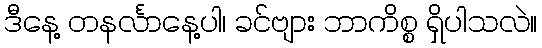
ဒီနေ့ တနင်္လာနေ့ပါ၊ ခင်ဗျား ဘာကိစ္စ ရှိပါသလဲ။